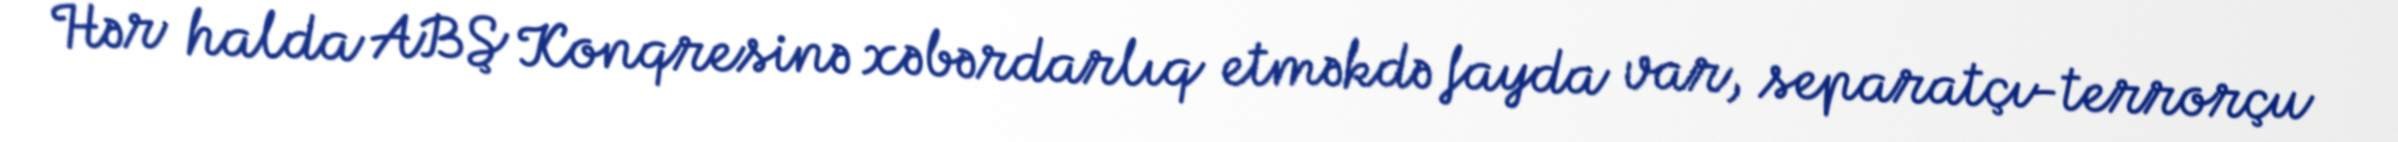
Hər halda ABŞ Konqresinə xəbərdarlıq etməkdə fayda var, separatçı-terrorçu